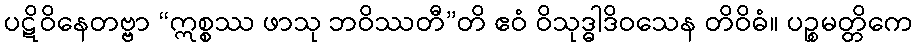
ပဋိဝိနေတဗ္ဗာ “ဣစ္စဿ ဖာသု ဘဝိဿတီ”တိ ဧဝံ ဝိသုဒ္ဓါဒိဝသေန တိဝိဓံ။ ပဉ္စမတ္တိကေ